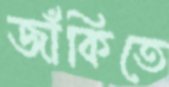
জাঁকিতে